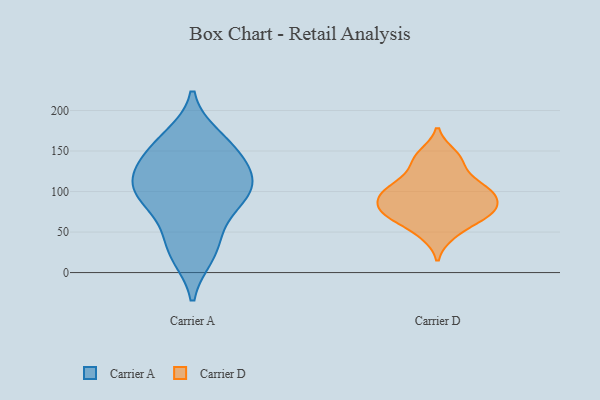
{"axis": {"x": "Budget (USD K)", "y": "Value"}, "legend": ["Carrier A", "Carrier D"], "data": [{"x": "", "y": 121, "type": "Carrier A"}, {"x": "", "y": 105, "type": "Carrier A"}, {"x": "", "y": 98, "type": "Carrier A"}, {"x": "", "y": 143, "type": "Carrier A"}, {"x": "", "y": 131, "type": "Carrier A"}, {"x": "", "y": 167, "type": "Carrier A"}, {"x": "", "y": 22, "type": "Carrier A"}, {"x": "", "y": 95, "type": "Carrier A"}, {"x": "", "y": 61, "type": "Carrier A"}, {"x": "", "y": 30, "type": "Carrier A"}, {"x": "", "y": 158, "type": "Carrier A"}, {"x": "", "y": 95, "type": "Carrier A"}, {"x": "", "y": 46, "type": "Carrier D"}, {"x": "", "y": 122, "type": "Carrier D"}, {"x": "", "y": 103, "type": "Carrier D"}, {"x": "", "y": 138, "type": "Carrier D"}, {"x": "", "y": 75, "type": "Carrier D"}, {"x": "", "y": 63, "type": "Carrier D"}, {"x": "", "y": 76, "type": "Carrier D"}, {"x": "", "y": 82, "type": "Carrier D"}, {"x": "", "y": 147, "type": "Carrier D"}, {"x": "", "y": 102, "type": "Carrier D"}, {"x": "", "y": 97, "type": "Carrier D"}, {"x": "", "y": 73, "type": "Carrier D"}, {"x": "", "y": 99, "type": "Carrier D"}]}